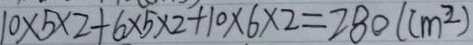
1 0 \times 5 \times 2 + 6 \times 5 \times 2 + 1 0 \times 6 \times 2 = 2 8 0 ( c m ^ { 2 } )